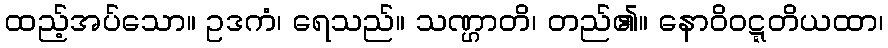
ထည့်အပ်သော။ ဥဒကံ၊ ရေသည်။ သဏ္ဌာတိ၊ တည်၏။ နောဝိဝဋ္ဋတိယထာ၊